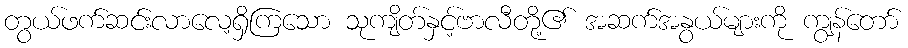
တွယ်ဖက်ဆင်းလာလေ့ရှိကြသော သုကျိတ်နှင့်ဗာလီတို့၏ အဆက်အနွယ်များကို ကျွန်တော်